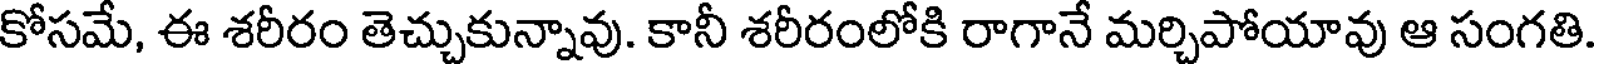
కోసమే, ఈ శరీరం తెచ్చుకున్నావు. కానీ శరీరంలోకి రాగానే మర్చిపోయావు ఆ సంగతి